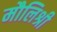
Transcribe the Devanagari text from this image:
मौलिश्री